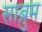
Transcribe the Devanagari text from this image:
साब्रुम